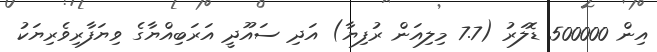
އިން 500000 ޑޮލަރު (7.7 މިލިއަން ރުފިޔާ) އަދި ސައޫދީ އަރަބިއްޔާގެ ވިޔަފާރިވެރިޔަކު